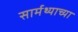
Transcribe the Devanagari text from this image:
सार्मथ्याच्या